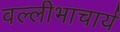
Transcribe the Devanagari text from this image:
वल्लीभाचार्य